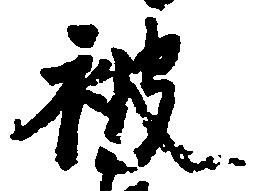
被